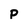
Character: p